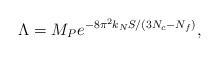
\begin{align*}\Lambda = M_P e^{-8\pi^2 k_N S/(3N_c-N_f)}, \end{align*}